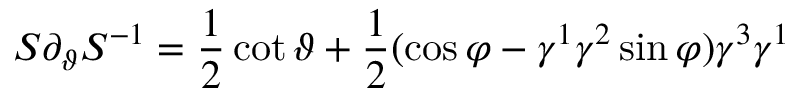
S \partial _ { \vartheta } S ^ { - 1 } = \frac 1 2 \cot \vartheta + \frac 1 2 ( \cos \varphi - \gamma ^ { 1 } \gamma ^ { 2 } \sin \varphi ) \gamma ^ { 3 } \gamma ^ { 1 }